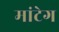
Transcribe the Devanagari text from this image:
मांटेग